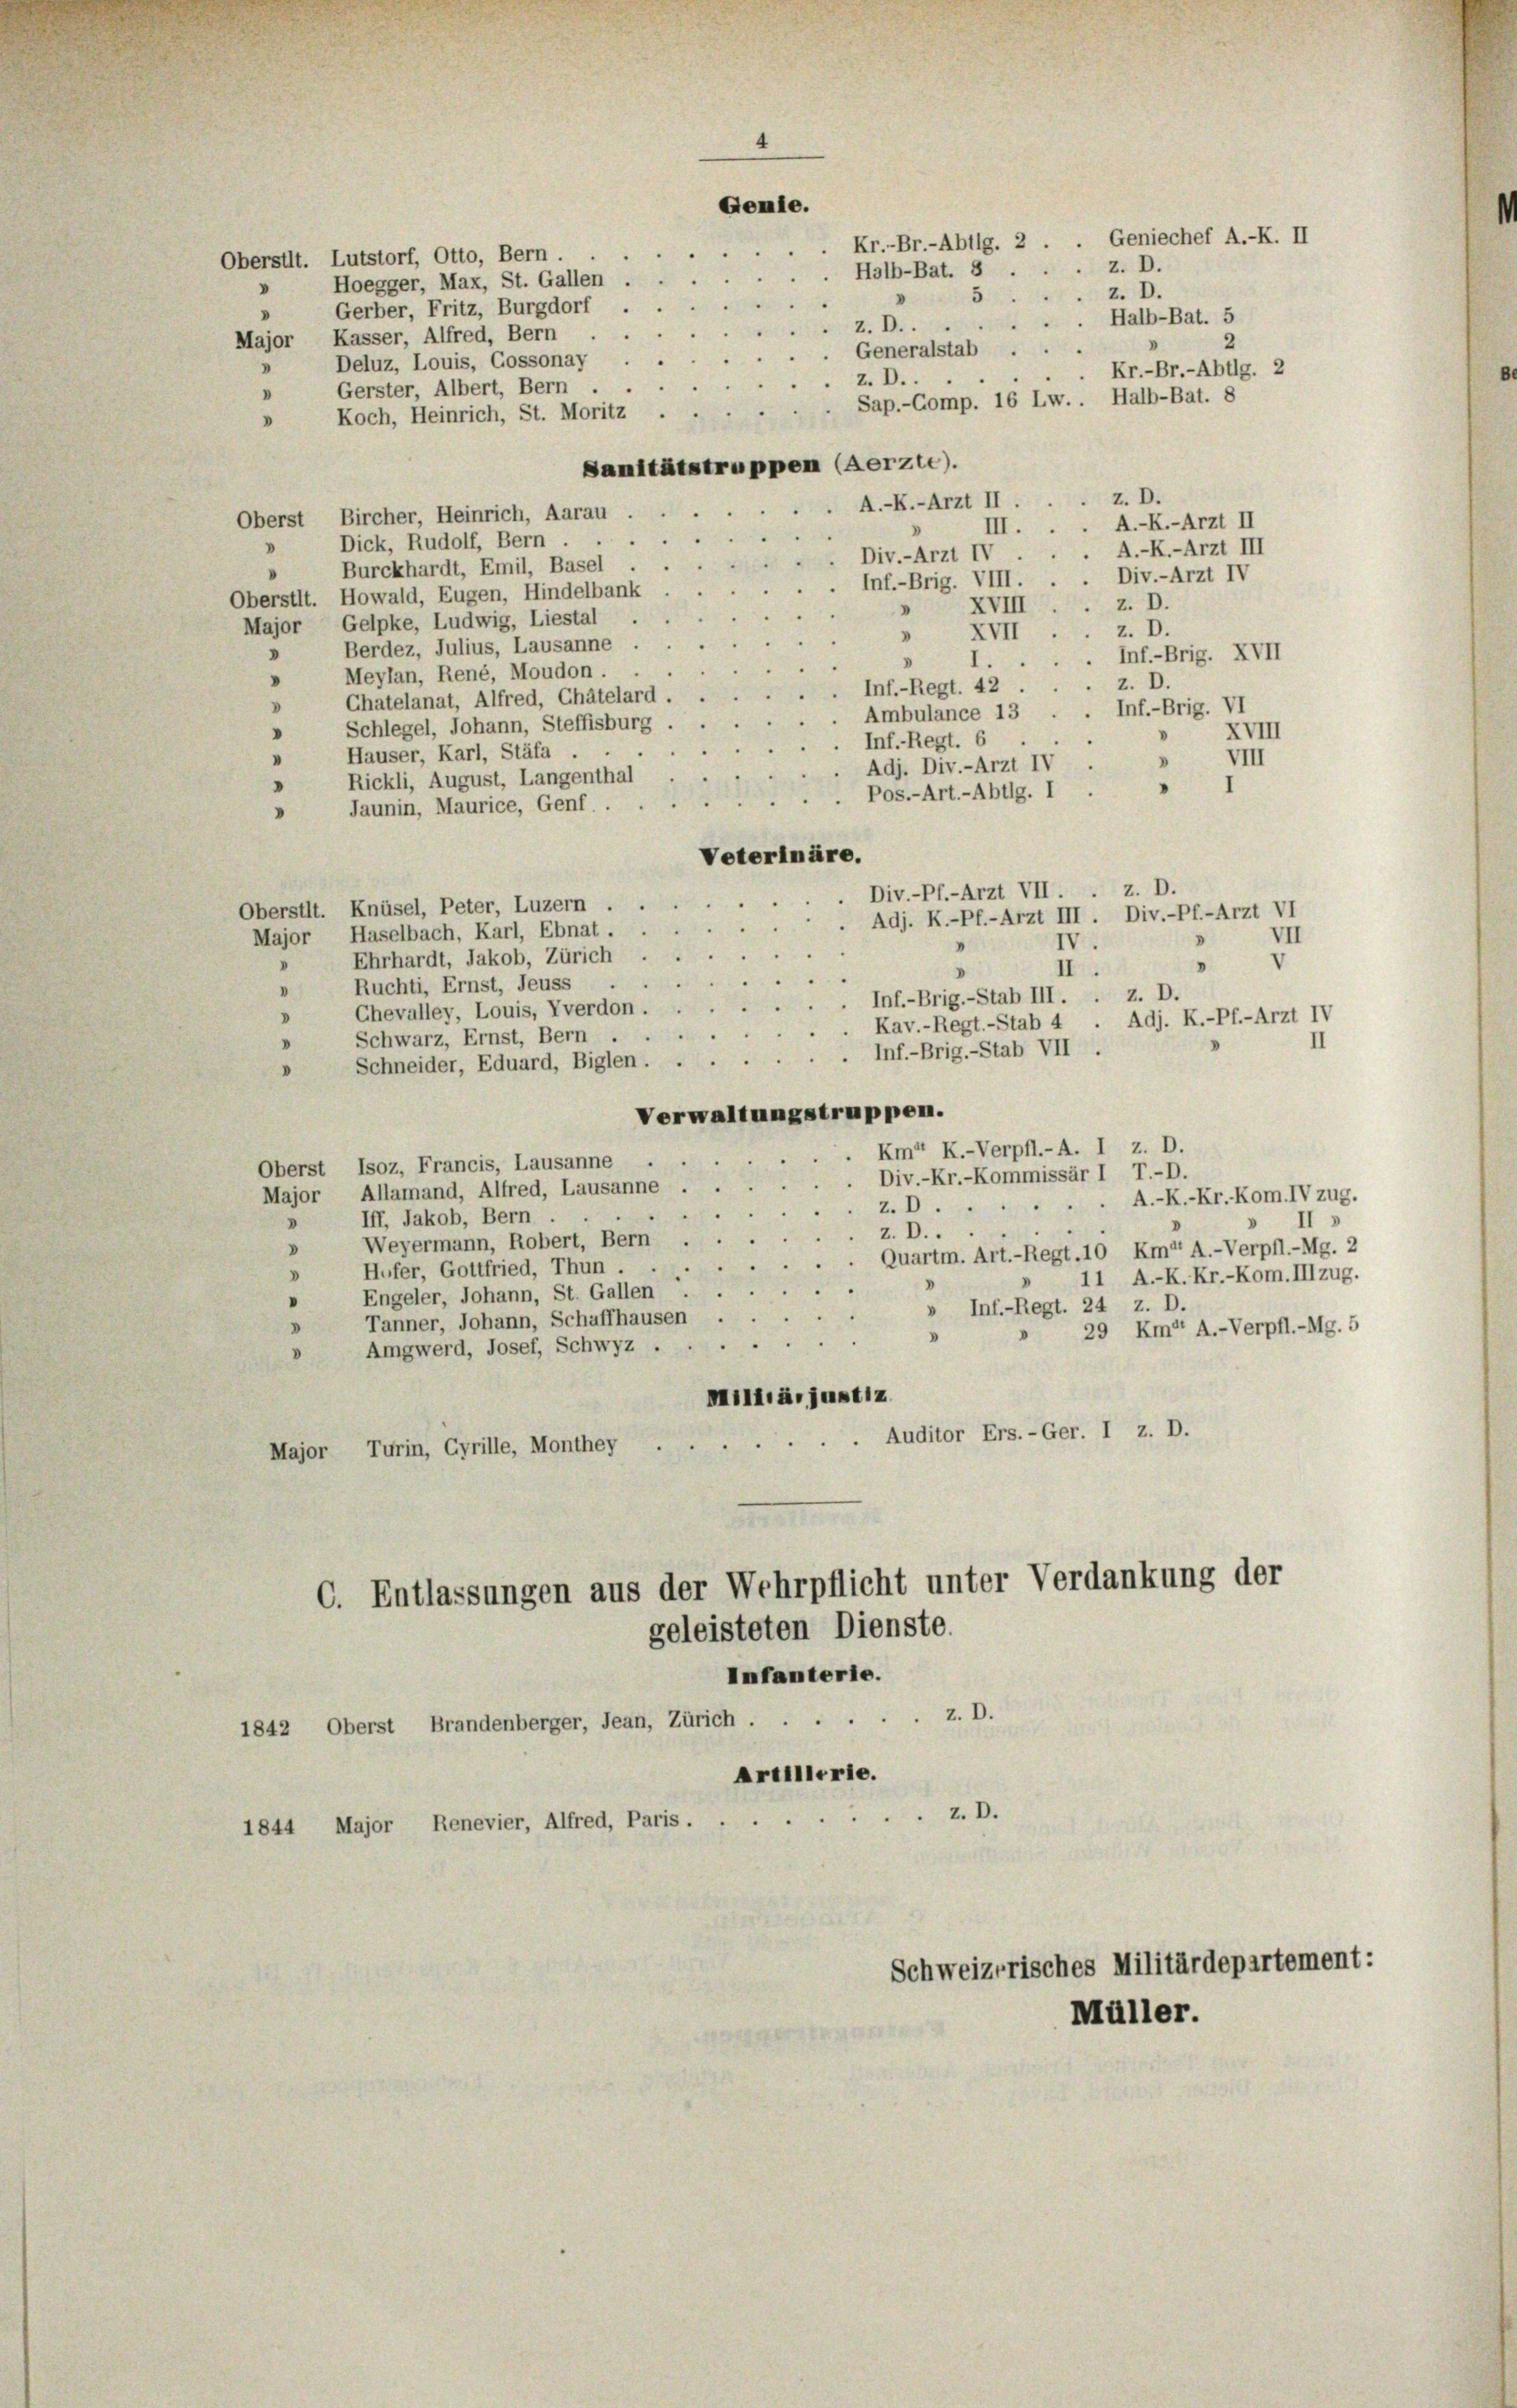
Gemie.
Kr.-Br.-Abtlg. 2.
Obersilt. Lutstorf, Otto, Bern . .
Halb-Bat. 8
Hoegger, Max, St. Gallen .
5
Gerber, Fritz, Burgdorf
z.D..
Major Kasser, Alfred, Bern
.
Generalstab
Deluz, Louis, Gossonay
3
z.D..
Gerster, Albert, Bern
Sap.-Comp. 16 Lw.. Halb-Bat. 8
Koch, Heinrich, St. Moritz
Sanitätstruppen (Aerzte).
A.-K.-Arzt II.
Oberst Bircher, Heinrich, Aarau
III.
» Dick, Rudolf, Bern.
Div.-Arzt IV
Burckhardt, Emil, Basel
Inf.-Brig. VIII. .
Oberstlt. Howald, Eugen, Hindelbank
XVIII
»
Major Gelpke, Ludwig, Liestal
XVII.
v
Berdez, Julius, Lausanne
"
V
I.
Meylan, René, Moudon.
"
Inf.-Regt. 42
Chatelanat, Alfred, Chätelard
Ambulance 13 . . Inf.-Brig. VI
Schlegel, Johann, Steffisburg
XVIII
.
Inf.Regt. 6
Häuser, Karl, Stäfa
VIII
D
Adj. Div.-Arzt IV.
Rickli, August, Langenthal
.
Pos.-Art.-Abtlg. I.
Jaunin, Maurice, Genf. .
Veterinäre.
z. D.
Div.-Pf.-Arzt VII.
Oberstit. Knüsel, Peter, Luzern .
. Adj. K.-Pf.-Arzt III. Div.-Pf.-Arzt VI
Major Haselbach, Karl, Ebnat.
VII
IV.
Ehrhardt, Jakob, Zürich
V
II.
Ruchti, Ernst, Jeuss
I
. Inf.-Brig.-Stab III. . z. D.
Chevalley, Louis, Yverdon.
Adj. K.-Pf.-Arzt IV
 Kav.-Regt.-Stab 4
Schwarz, Ernst, Bern.
Inf.-Brig.-Stab VII
Schneider, Eduard, Biglen . . .
Verwaltungstruppen.
Km“ K.-Verpfl.-A. I z. D.
Oberst Isoz, Francis, Lausanne
Div.-Kr.-Kommissär I T.-D.
Major Allamand, Alfred, Lausanne
A.-K.-Kr. Kom.IVzug.
z.D..
Iff, Jakob, Bern
.
z.D..
Weyermann, Robert, Bern
Quartm. Art.-Regt.10 Km“ A.-Verpfl.-Mg. 2
Hufer, Gottfried, Thun.
11 A.-K. Kr.-Kom. IIIzug.
Engeler, Johann, St. Gallen
» Inf.-Regt. 24 z. D.
Tanner, Johann, Schaffhausen
29 Km“ A.-Verpfl.-Mg. 5
Amgwerd, Josef, Schwyz .
Milità, justiz.
Auditor Ers.-Ger. I z. D.
Major Turin, Gyrille, Monthey
C. Entlassungen aus der Wehrpflicht unter Verdankung der
geleisteten Dienste.
Infanterie.
z. D.
1842 Oberst Brandenberger, Jean, Zürich ...
Artillerie.
z. D.
1844 Major Renevier, Alfred, Paris . .

4

Müller.

Geniechef A.-K. II
z. D.
z. D.
Halb-Bat. 5
2
Kr.-Br.-Abtlg. 2

z. D.
A.-K.-Arzt II
A.-K.-Arzt III
Div.-Arzt IV
z. D.
z. D.
Inf.-Brig. XVII
z. D.

Schweizerisches Militärdepartement: